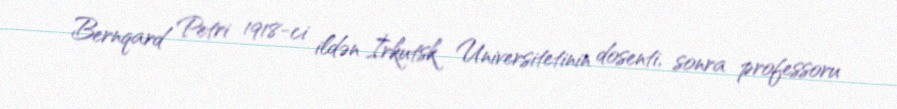
Bernqard Petri 1918-ci ildən İrkutsk Universitetinin dosenti, sonra professoru